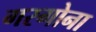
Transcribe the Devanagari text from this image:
गरगोना